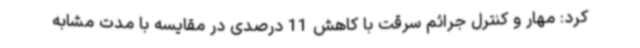
کرد: مهار و کنترل جرائم سرقت با کاهش 11 درصدی در مقایسه با مدت مشابه